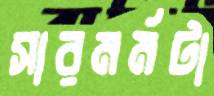
সারমর্মটা